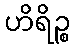
ဟိရိဉ္စ